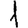
Digit: 1